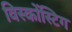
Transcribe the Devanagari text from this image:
विस्कोंस्टिग